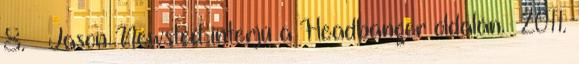
8. ↑ Jason Newsted interjú a Headbanger oldalán. 2011.